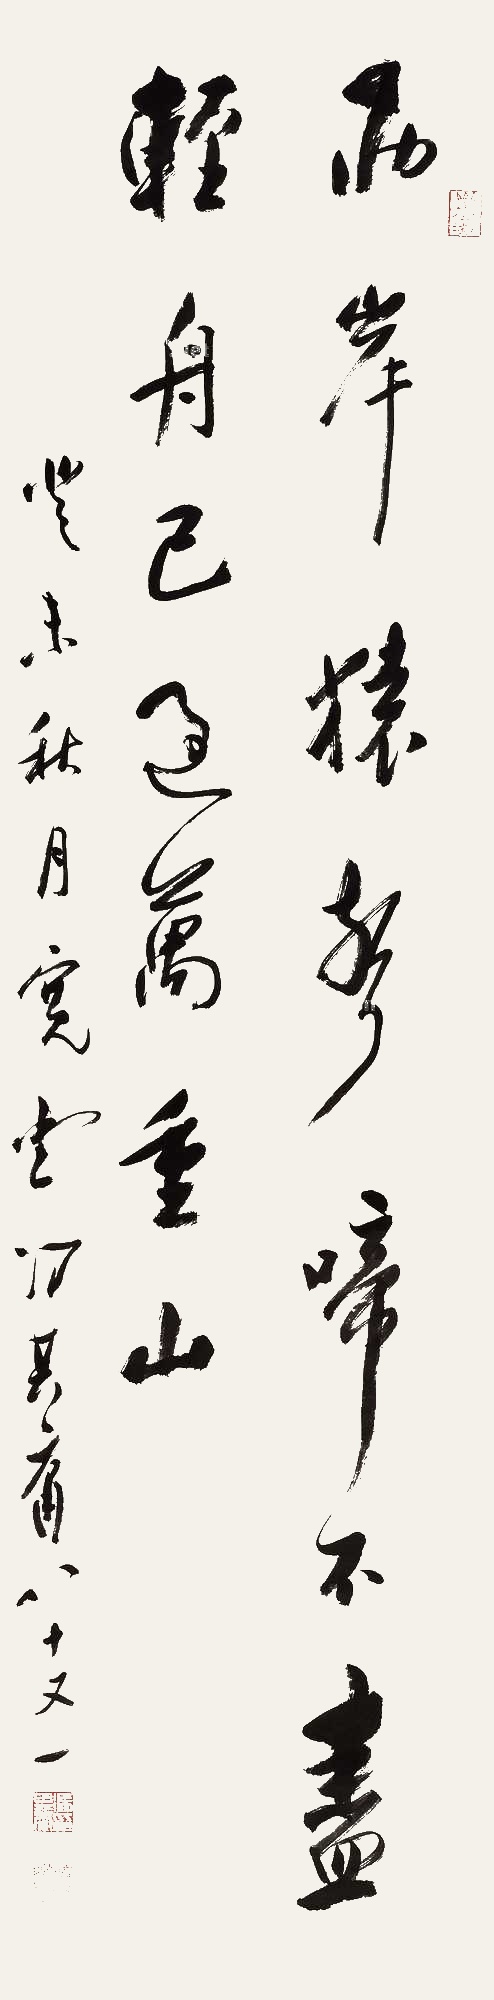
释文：两岸猿声啼不住，轻舟已过万重山。癸未秋月，宽堂冯其庸八十又一。